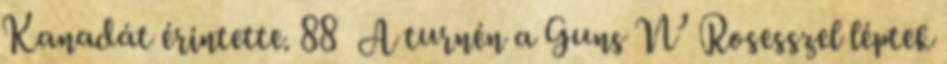
Kanadát érintette. 88 A turnén a Guns N’ Rosesszel léptek